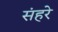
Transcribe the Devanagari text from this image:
संहरे